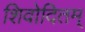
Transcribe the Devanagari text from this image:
शिवोदितम्